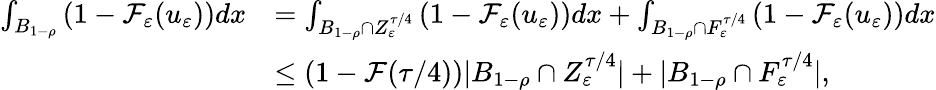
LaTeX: \begin{array}{rl}{\int_{B_{1-\rho}}\left(1-\mathcal{F}_{\varepsilon}(u_{\varepsilon})\right)dx}&{=\int_{B_{1-\rho}\cap Z_{\varepsilon}^{\tau/4}}\left(1-\mathcal{F}_{\varepsilon}(u_{\varepsilon})\right)dx+\int_{B_{1-\rho}\cap F_{\varepsilon}^{\tau/4}}\left(1-\mathcal{F}_{\varepsilon}(u_{\varepsilon})\right)dx}\\ &{\leq(1-\mathcal{F}(\tau/4))|B_{1-\rho}\cap Z_{\varepsilon}^{\tau/4}|+|B_{1-\rho}\cap F_{\varepsilon}^{\tau/4}|,}\end{array}